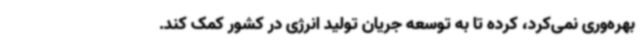
بهره‌وری نمی‌کرد، کرده تا به توسعه جریان تولید انرژی در کشور کمک کند.